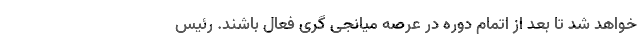
خواهد شد تا بعد از اتمام دوره در عرصه میانجی گری فعال باشند. رئیس